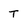
Character: t